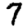
Digit: 7